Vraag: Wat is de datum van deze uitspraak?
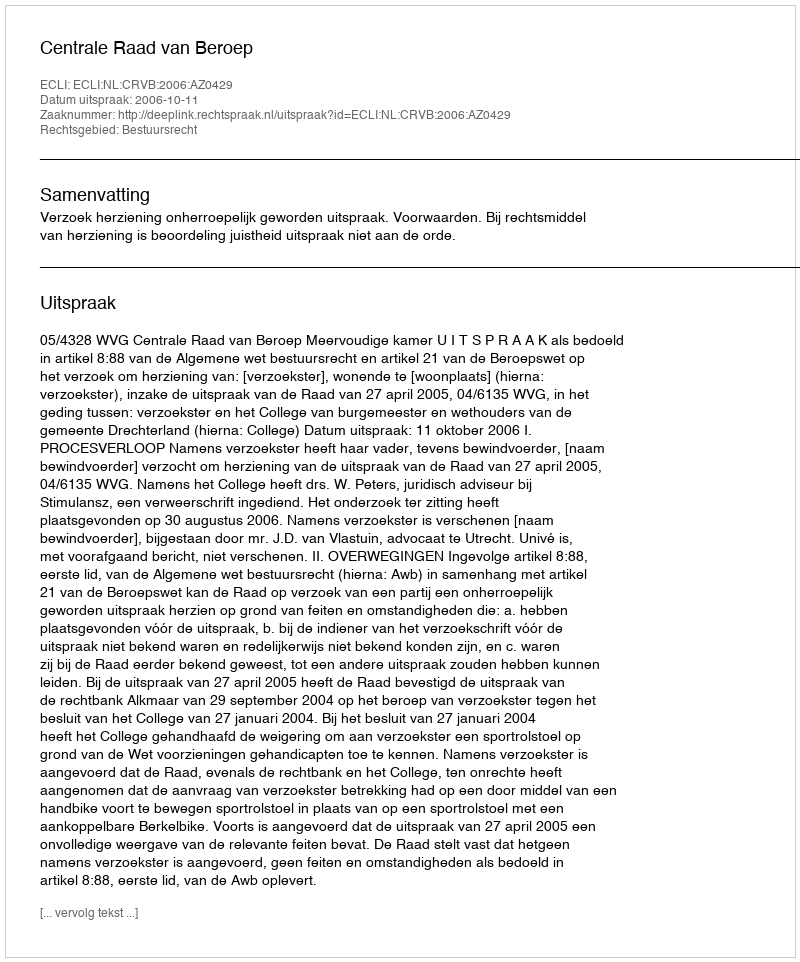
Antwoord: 2006-10-11